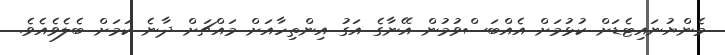
މެންޔުނައިޓެޑަށް ކުޅުމަށް އެއްބަސްވުމުން އޭނާގެ އަގު އިންތިހާއަށް މައްޗަށް ދާނެ ކަމަށް ބެލެވެއެވެ.